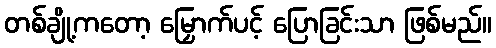
တစ်ချို့ကတော့ မြှောက်ပင့် ပြောခြင်းသာ ဖြစ်မည်။